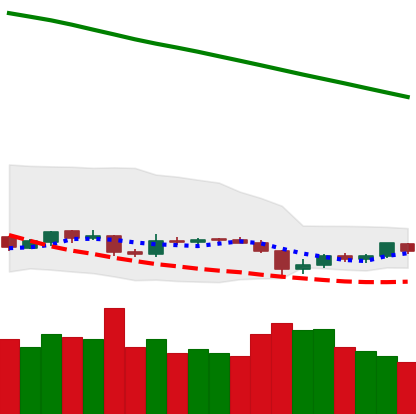
Ticker: EOS-USD
Chart end date: 2019-02-03
Forward return: 14.519%
Label: up_7plus